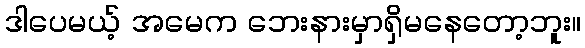
ဒါပေမယ့် အမေက ဘေးနားမှာရှိမနေတော့ဘူး။